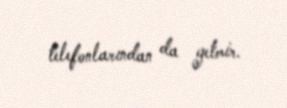
telefonlarından da getmir.